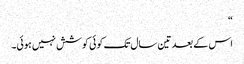
“
اس کے بعد تین سال تک کوئی کوشش نہیں ہوئی۔